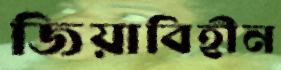
জিয়াবিহীন